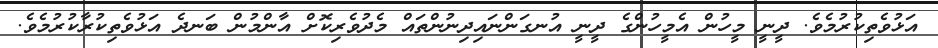
އަޅުވެތިކުރުމެވެ. ދީނީ މީހުން އެމީހުންގެ ދީނީ އުނގަންނައިދިނުންތައް މެދުވެރިކޮށް އާންމުން ބަނދެ އަޅުވެތިކުރާކުރުމެވެ.